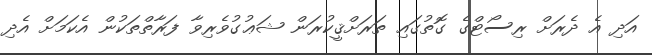
އަދި އެ ދެރަށް ރިސޯޓްގެ ގޮތުގައި ތަރަށްޤީކުރަން ޝަޢުގުވެރިވާ ފަރާތްތަކުން އެކަމަށް އެދި